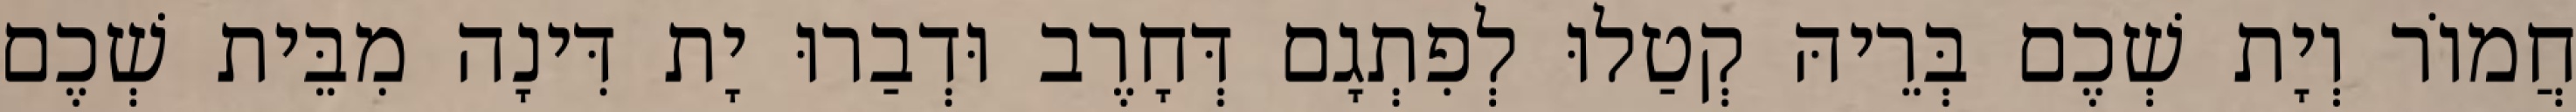
חֲמוֹר וְיָת שְׁכֶם בְּרֵיהּ קְטַלוּ לְפִתְגָם דְּחָרֶב וּדְבַרוּ יָת דִּינָה מִבֵּית שְׁכֶם